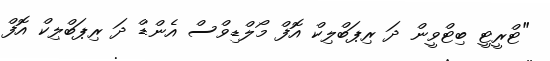
"ޓްރީޓީ ބިޓްވީން ދަ ރިޕަބްލިކް އޮފް މޯލްޑިވްސް އެންޑް ދަ ރިޕަބްލިކް އޮފް